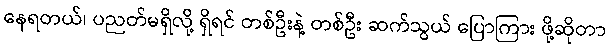
နေရတယ်၊ ပညတ်မရှိလို့ ရှိရင် တစ်ဦးနဲ့ တစ်ဦး ဆက်သွယ် ပြောကြား ဖို့ဆိုတာ